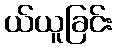
ယ်ယူခြင်း